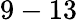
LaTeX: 9-13